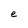
Character: e